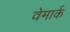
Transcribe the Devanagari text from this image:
वेमार्क